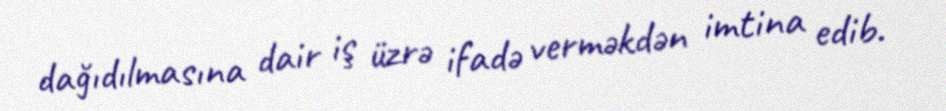
dağıdılmasına dair iş üzrə ifadə verməkdən imtina edib.